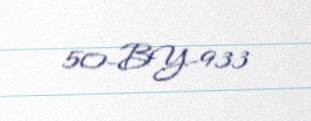
50-BY-933